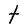
Character: t